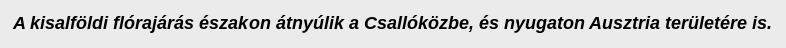
A kisalföldi flórajárás északon átnyúlik a Csallóközbe, és nyugaton Ausztria területére is.